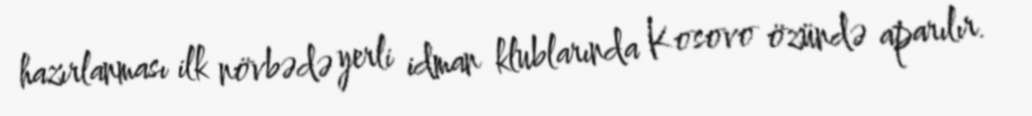
hazırlanması ilk növbədə yerli idman klublarında Kosovo özündə aparılır.